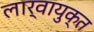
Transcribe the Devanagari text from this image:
लार्वायुक्त